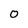
Character: 0